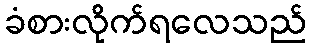
ခံစားလိုက်ရလေသည်